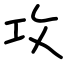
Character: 攻